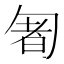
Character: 𠣰